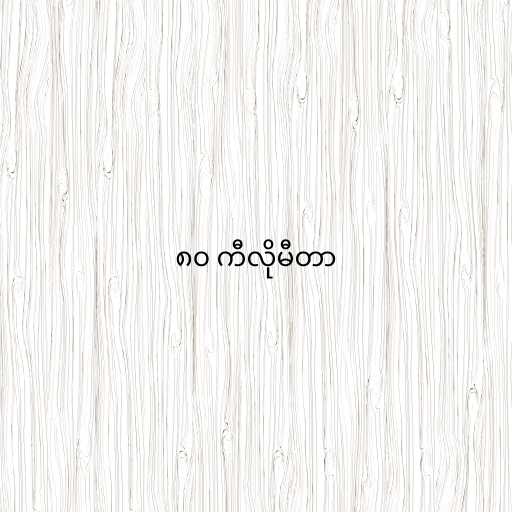
၈၀ ကီလိုမီတာ